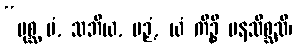
“ပုစ္ဆ မံ, သဘိယ, ပဉှံ, ယံ ကိဉ္စိ မနသိစ္ဆသိ၊